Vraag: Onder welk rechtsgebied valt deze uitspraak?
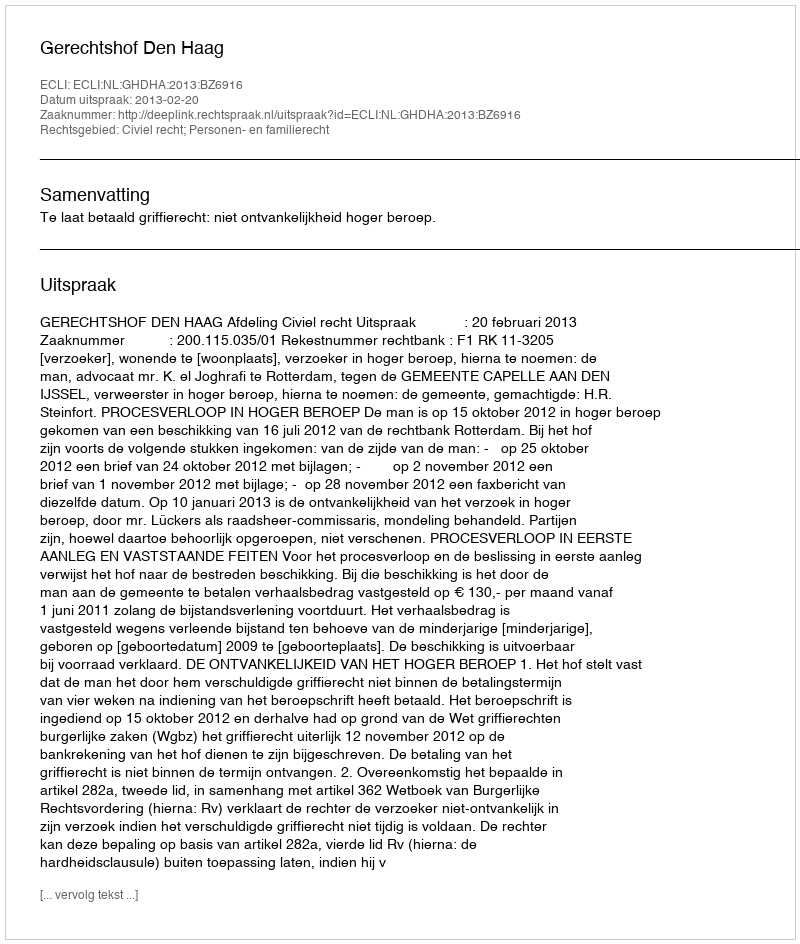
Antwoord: Civiel recht; Personen- en familierecht